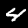
Label: 4